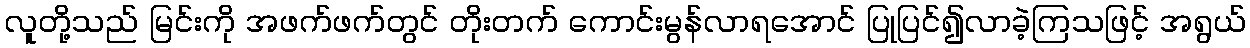
လူတို့သည် မြင်းကို အဖက်ဖက်တွင် တိုးတက် ကောင်းမွန်လာရအောင် ပြုပြင်၍လာခဲ့ကြသဖြင့် အရွယ်